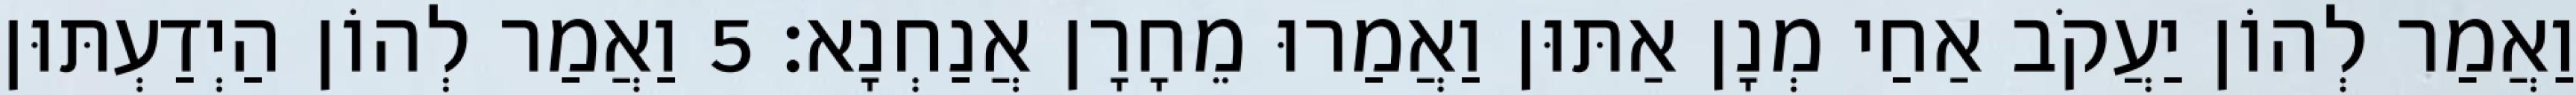
וַאֲמַר לְהוֹן יַעֲקֹב אַחַי מְנָן אַתּוּן וַאֲמַרוּ מֵחָרָן אֲנַחְנָא׃ 5 וַאֲמַר לְהוֹן הַיְדַעְתּוּן